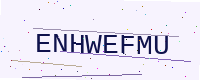
Text: ENHWEFMU